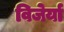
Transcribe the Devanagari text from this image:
विजेर्या